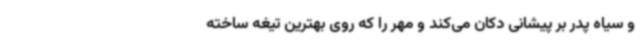
و سیاه پدر بر پیشانی دکان می‌کند و مهر را که روی بهترین تیغه ساخته